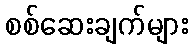
စစ်ဆေးချက်များ